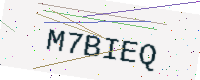
Text: M7BIEQ